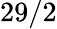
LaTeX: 29/2